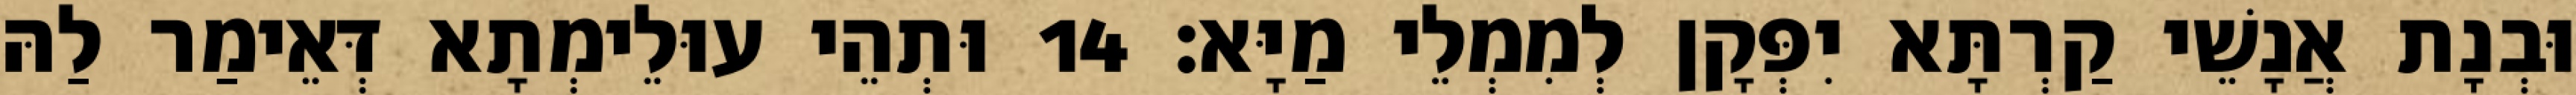
וּבְנָת אֲנָשֵׁי קַרְתָּא יִפְּקָן לְמִמְלֵי מַיָּא׃ 14 וּתְהֵי עוּלֵימְתָא דְּאֵימַר לַהּ